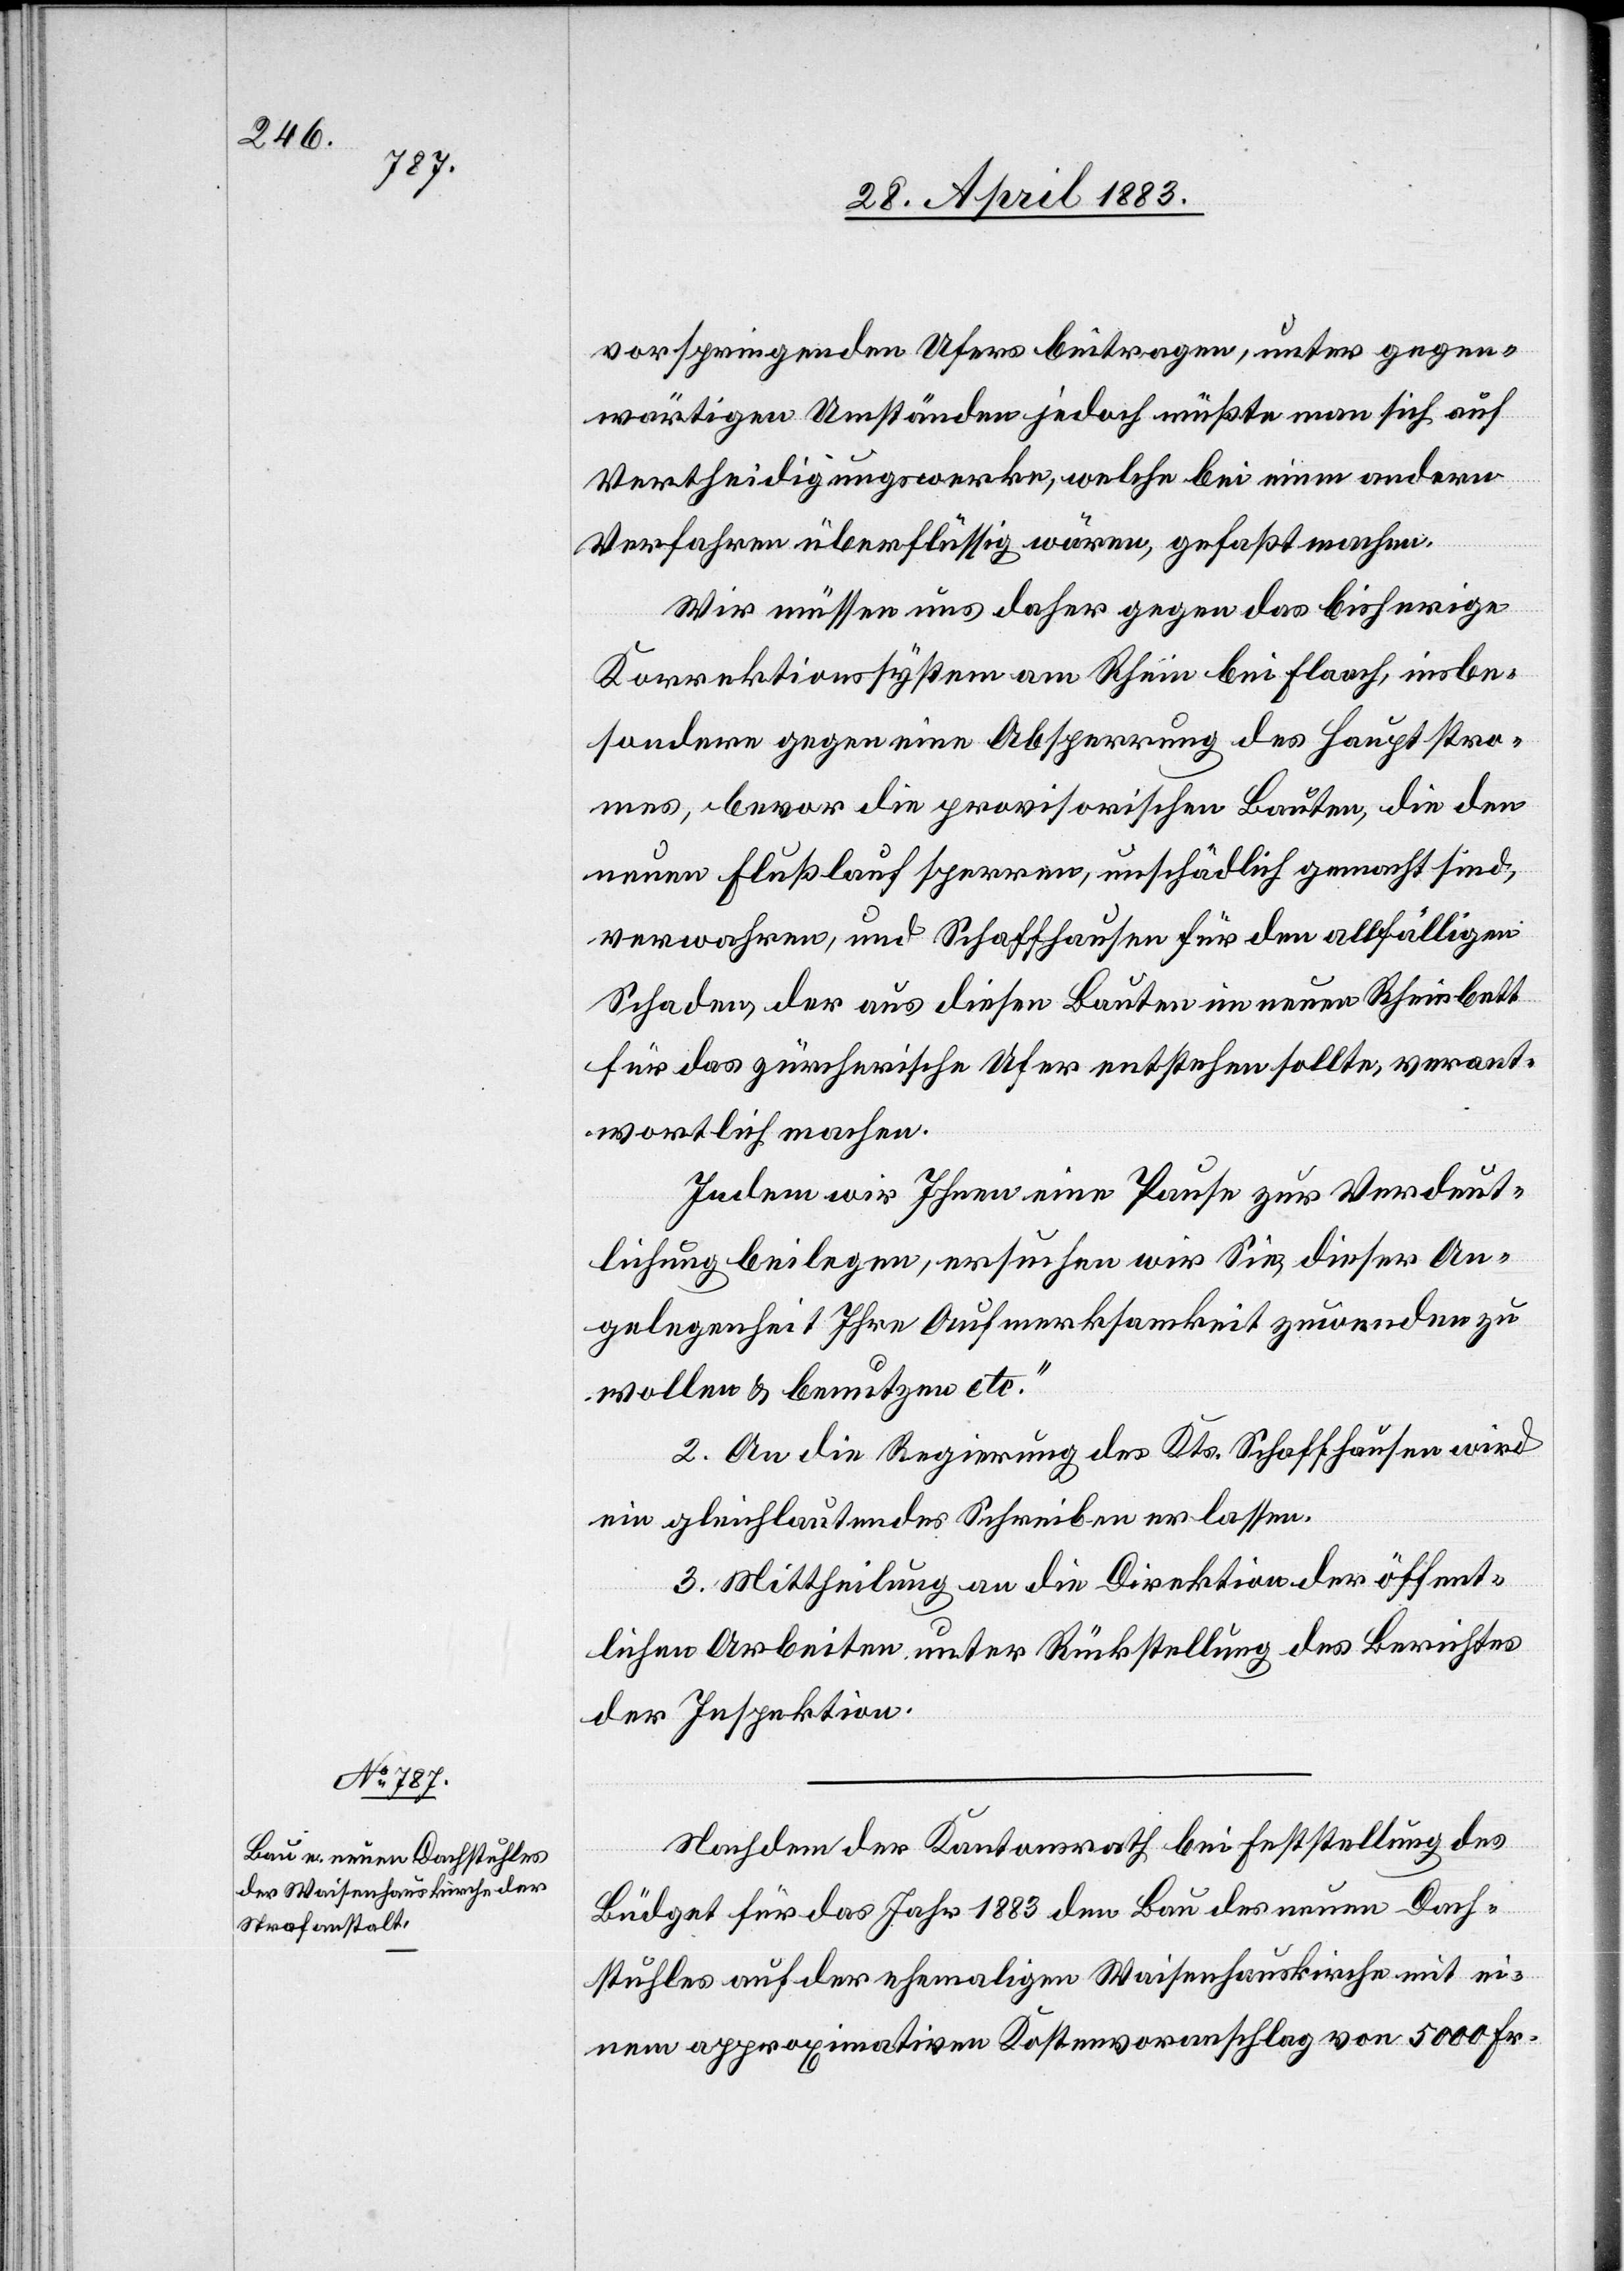
vorspringenden Ufers beitragen, unter gegen¬
wärtigen Umständen jedoch müßte man sich auf
Vertheidigungszwecke, welche bei einem anderen
Verfahren überflüssig wären, gefaßt machen.
Wir müssen uns daher gegen das bisherige
Korrektionssystem am Rhein bei Flaach, insbe¬
sondere gegen eine Absperrung des Hauptstro¬
mes, bevor die provisorischen Bauten, die den
neuen Flußlauf sperren, unschädlich gemacht sind,
verwahren, und Schaffhausen für den allfälligen
Schaden, der aus diesen Bauten im neuen Rheinbett
für das zürcherische Ufer entstehen sollte, verant¬
wortlich machen.
Indem wir Ihnen eine Pause zur Verdeut¬
lichung beilegen, ersuchen wir Sie, dieser An¬
gelegenheit Ihre Aufmerksamkeit zuwenden zu
wollen & benutzen etc.“
2. An die Regierung des Kts. Schaffhausen wird
ein gleichlautendes Schreiben erlassen.
3. Mittheilung an die Direktion der öffent¬
lichen Arbeiten unter Rückstellung des Berichtes
der Inspektion.
Nachdem der Kantonsrath bei Feststellung des
Büdget für das Jahr 1883 den Bau des neuen Dach¬
stuhles auf der ehemaligen Waisenhauskirche mit ei¬
nem approximativen Kostenvoranschlag von 5000 Fr.